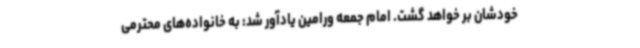
خودشان بر خواهد گشت. امام جمعه ورامین یادآور شد: به خانواده‌های محترمی